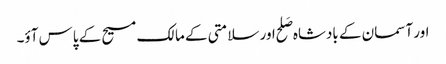
اور آسمان کے بادشاہ صَلح اور سلامتی کے مالک مسیح کے پاس آؤ۔